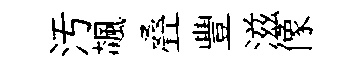
汚飆叠豐滋像